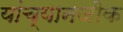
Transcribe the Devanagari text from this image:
यांच्यानजीक